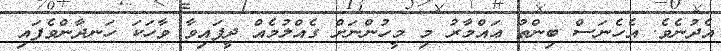
އެދުނެވެ. އެހެނަސް ބިންތު ޢައްމާރު މި މީހުންނަށް ގެއްލުމެއް ދީފައިވާ ވާހަކަ ހަނދާންވެފައި